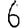
Digit: 6